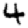
Digit: 4